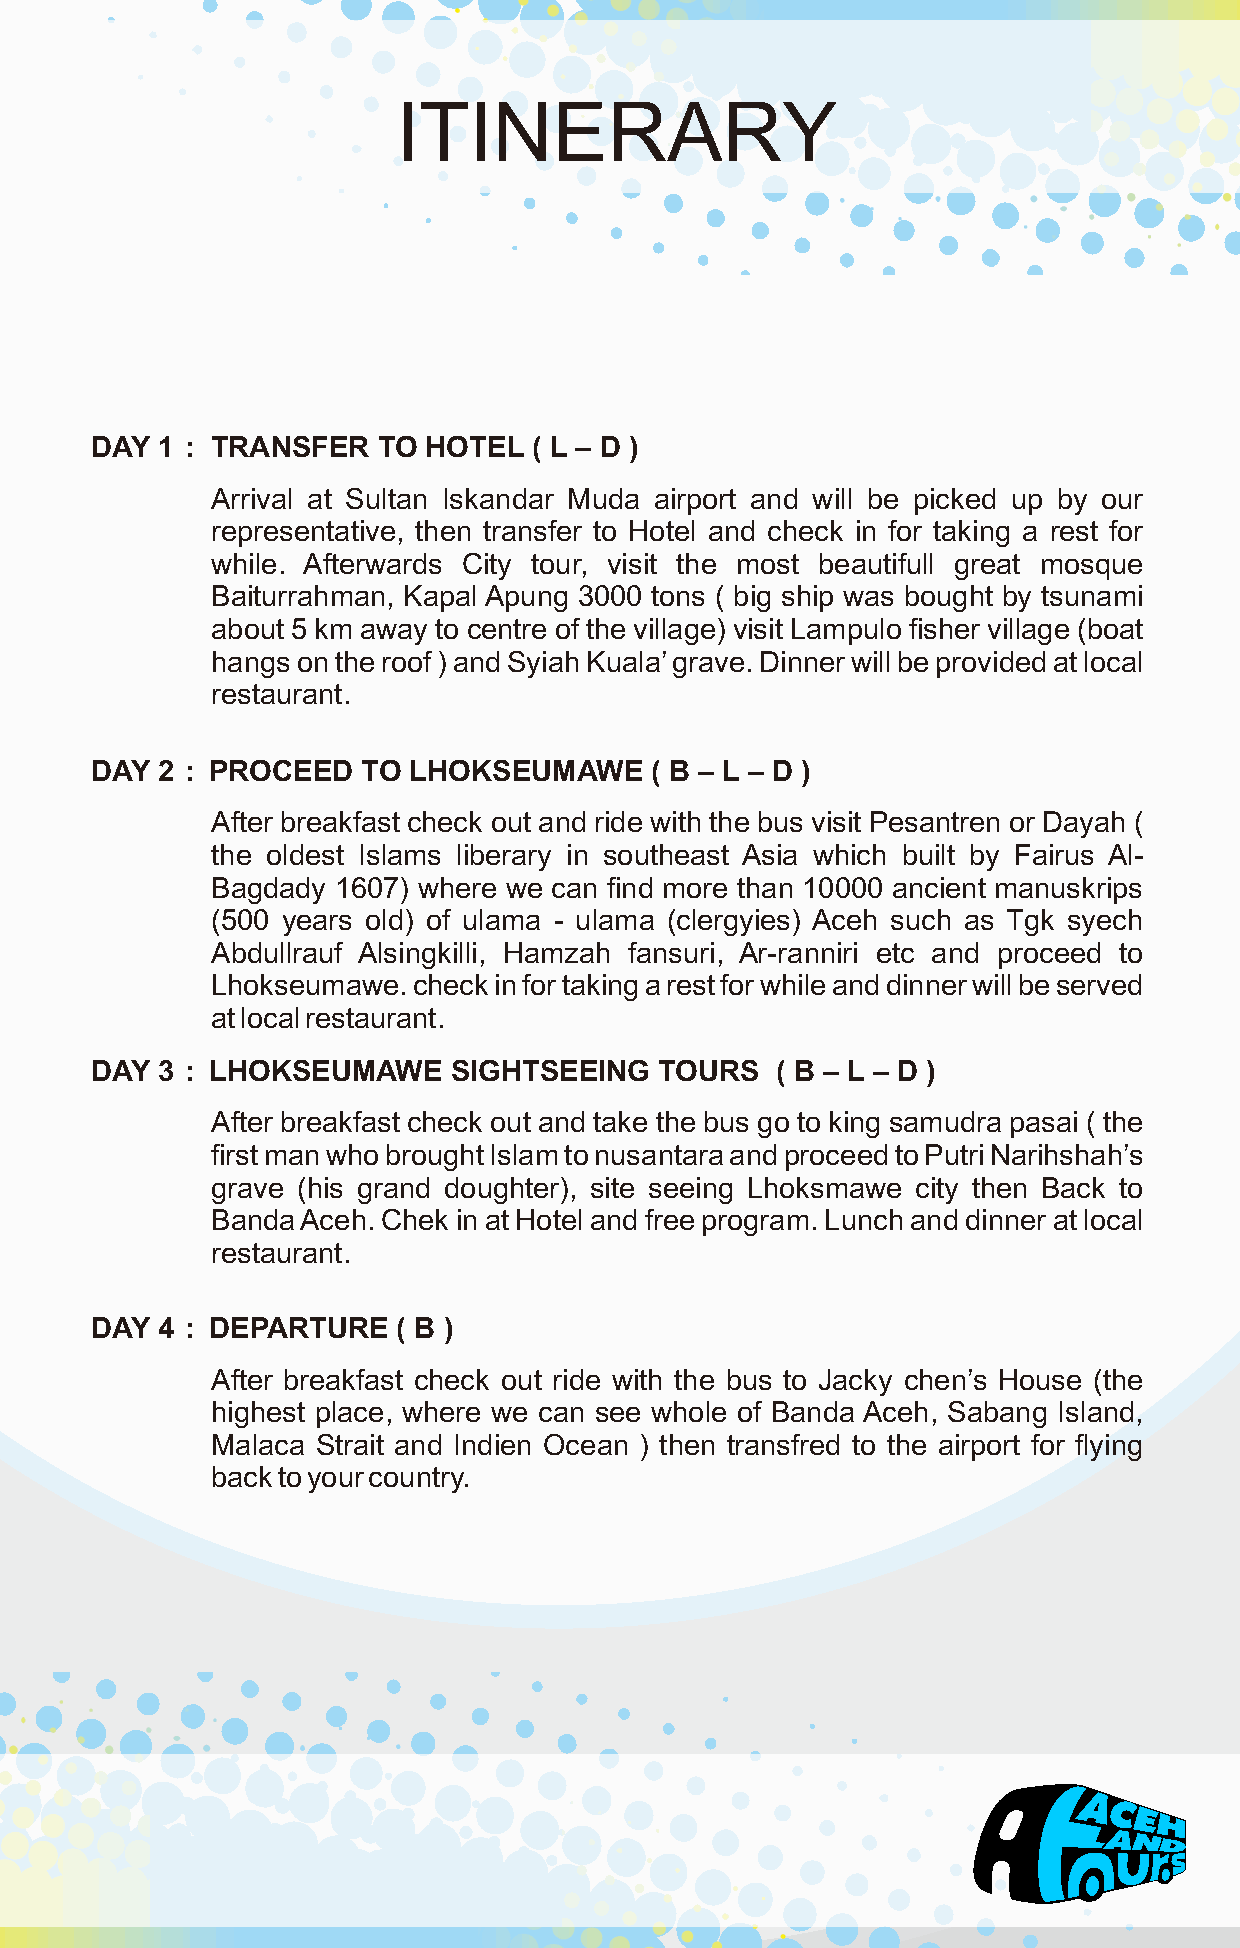
DAY 1 : TRANSFER   TO HOTEL  ( L – D )
 Arrival at Sultan Iskandar Muda airport and will be picked up by our
 representative, then transfer to Hotel and check in for taking a rest for
 while. Afterwards City tour, visit the most beautifull great mosque
 Baiturrahman, Kapal Apung 3000 tons ( big ship was bought by tsunami
 about 5 km away to centre of the village) visit Lampulo fisher village (boat
 hangs on the roof ) and Syiah Kuala’ grave. Dinner will be provided at local
 restaurant.
 DAY 2 : PROCEED   TO LHOKSEUMAWE     ( B – L – D )
 After breakfast check out and ride with the bus visit Pesantren or Dayah (
 the oldest Islams liberary in southeast Asia which built by Fairus Al-
 Bagdady 1607) where we can find more than 10000 ancient manuskrips
 (500 years old) of ulama - ulama (clergyies) Aceh such as Tgk syech
 Abdullrauf Alsingkilli, Hamzah fansuri, Ar-ranniri etc and proceed to
 Lhokseumawe. check in for taking a rest for while and dinner will be served
 at local restaurant.
 DAY 3 : LHOKSEUMAWE     SIGHTSEEING   TOURS  ( B – L – D )
 After breakfast check out and take the bus go to king samudra pasai ( the
 first man who brought Islam to nusantara and proceed to Putri Narihshah’s
 grave (his grand doughter), site seeing Lhoksmawe city then Back to
 Banda Aceh. Chek in at Hotel and free program. Lunch and dinner at local
 restaurant.
 DAY 4 : DEPARTURE   ( B )
 After breakfast check out ride with the bus to Jacky chen’s House (the
 highest place, where we can see whole of Banda Aceh, Sabang Island,
 Malaca Strait and Indien Ocean ) then transfred to the airport for flying
 back to your country.